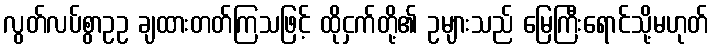
လွတ်လပ်စွာဥဥ ချထားတတ်ကြသဖြင့် ထိုငှက်တို့၏ ဥများသည် မြေကြီးရောင်သို့မဟုတ်